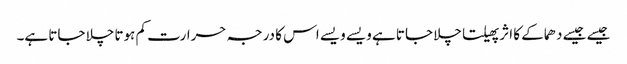
جیسے جیسے دھماکے کا اثر پھیلتا چلا جاتا ہے ویسے ویسے اس کا درجہ حرارت کم ہوتا چلا جاتا ہے۔